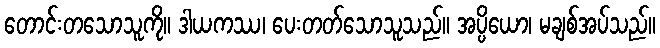
တောင်းတသောသူကို။ ဒါယကဿ၊ ပေးတတ်သောသူသည်။ အပ္ပိယော၊ မချစ်အပ်သည်။